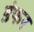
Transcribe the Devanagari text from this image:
डंफर